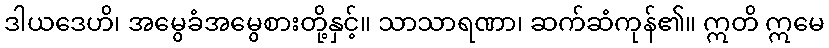
ဒါယဒေဟိ၊ အမွေခံအမွေစားတို့နှင့်။ သာသာရဏာ၊ ဆက်ဆံကုန်၏။ ဣတိ ဣမေ